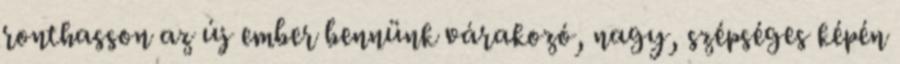
ronthasson az új ember bennünk várakozó, nagy, szépséges képén